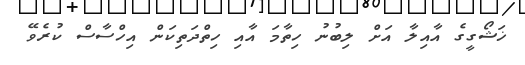
ޚަޝޯގީގެ އާއިލާ އަށް ލިބުނު ހިތާމަ އާއި ހިތްދަތިކަން އިހްސާސް ކުރެވޭ